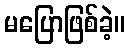
မပြောဖြစ်ခဲ့။